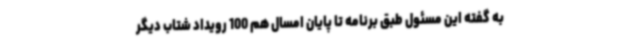
به گفته این مسئول طبق برنامه تا پایان امسال هم 100 رویداد شتاب دیگر